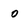
Character: 0